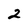
Character: 2